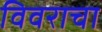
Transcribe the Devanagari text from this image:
विवराचा